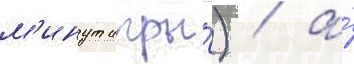
м'инут игры́) / а́